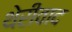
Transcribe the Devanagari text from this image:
थेरीवाद